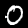
Digit: 0